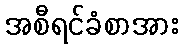
အစီရင်ခံစာအား